Civil Veterinary Dept. Assam report 1927-50 - 1927-1950
Year: 1927
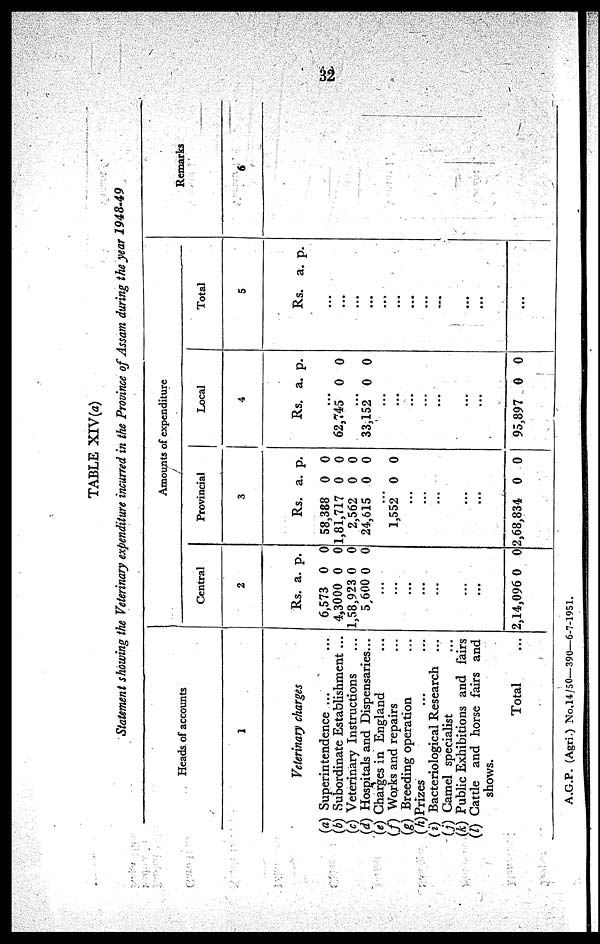
32
TABLE XIV(a)
Statement showing the Veterinary expenditure incurred in the Province of Assam during the year 1948-49
Heads of accounts
1
Veterinary charges
(a) Superintendence ... ...
(b) Subordinate Establishment ...
(c) Veterinary Instructions ...
(d) Hospitals and Dispensaries...
(e) Charges in England ...
(f) Works and repairs ...
(g) Breeding operation ...
(h)Prizes ... ...
(i) Bacteriological Research ...
(j) Camel specialist ...
(k) Public Exhibitions and fairs
(l) Cattle and horse fairs and
shows.
Total ...
Amounts of expenditure
Centr
al
2
Rs.
6,573
4,3000
1,58,923
5,600
...
...
...
...
...
...
...
2,14,096
a.
0
0
0
0
0
p.
0
0
0
0
0
Provin
cial
3
Rs.
58,388
1,81,717
2,562
24,615
...
1,552
...
...
...
...
...
...
2,68,834
a.
0
0
0
0
0
0
p.
0
0
0
0
0
0
Loca
l
4
Rs.
...
62,745
...
33,152
...
...
...
...
...
...
...
...
95,897
a.
0
0
0
p.
0
0
0
Total
5
Rs.
...
...
...
...
...
...
...
...
...
...
...
...
...
a. p.
Remarks
6
A.G.P. (Agri.) No.14/50—390—6-7-1951.